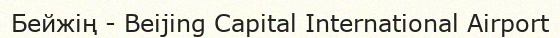
Бейжің - Beijing Capital International Airport